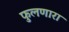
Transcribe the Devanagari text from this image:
फुलणारा